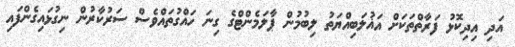
އަދި އިދިކޮޅު ފަރާތްތަކަށް އަޣުލަބިއްޔަތު ލިބުމުން ޕާލަމެންޓްގެ ގިނަ ހައްގުތައްވެސް ސަރުކާރުން ނިގުޅައިގެންފައި